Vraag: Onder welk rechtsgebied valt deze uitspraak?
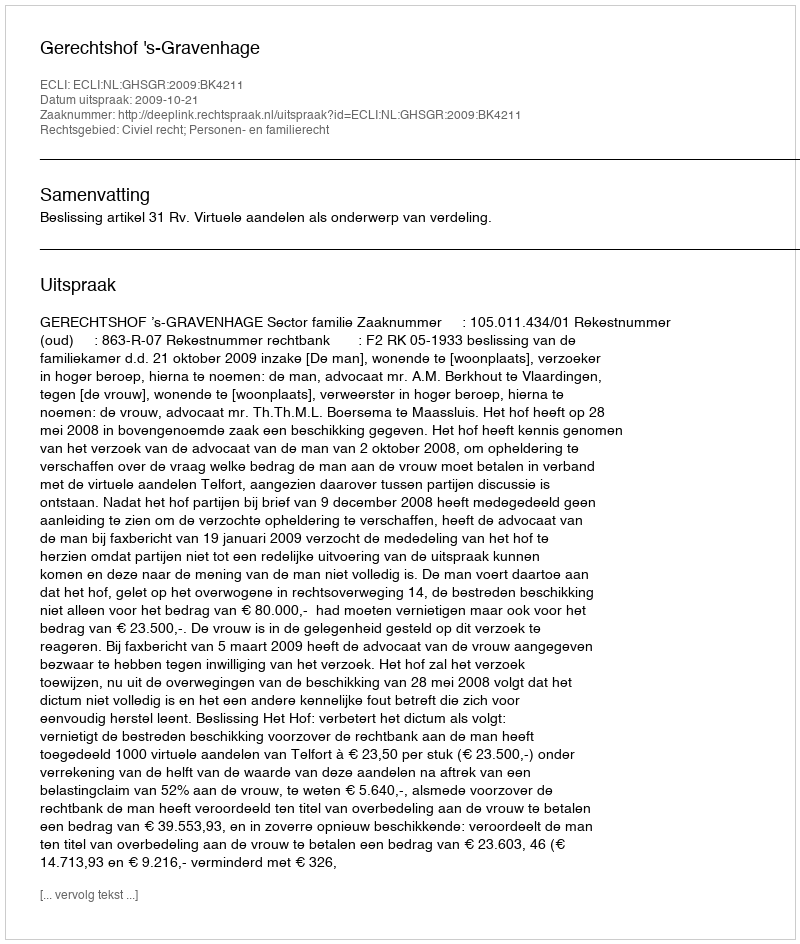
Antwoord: Civiel recht; Personen- en familierecht